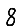
Digit: 8